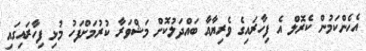
އެހެންކަމުން ކެރޮލް އެ ފިހާރައިގެ ވެރިޔާއާ ބައްދަލުކޮށް މަޝްވަރާ ކުރުމަށްފަހު މުޅި ފިހާރައިގައި